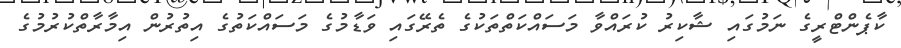
ކާޕެންޓްރީގެ ނަމުގައި ޝާކިރު ކުރައްވާ މަސައްކަތްތަކުގެ ތެރޭގައި ވަޑާމުގެ މަސައްކަތުގެ އިތުރުން އިމާރާތްކުރުމުގެ